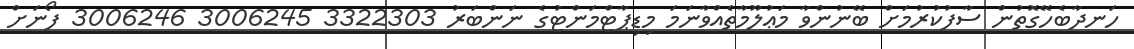
ހަނދާބެހޭގޮތުން ސާފުކުރުމަށް ބޭނުންވާ މަޢުލޫމާތެއްވާނަމަ މިޑިޕާޓްމަންޓުގެ ނަންބަރު 3322303 3006245 3006246 ފޯނަށް